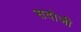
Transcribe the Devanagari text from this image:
सदोजी